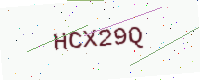
Text: HCX29Q